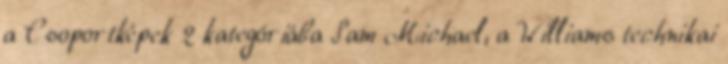
a Csoportképek 2 kategóriába Sam Michael, a Williams technikai